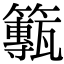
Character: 𥶸